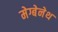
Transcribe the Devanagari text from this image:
मेग्बेनेथ